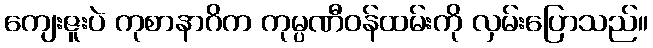
ကျေးဇူးပဲ ကုစာနာဂိက ကုမ္ပဏီဝန်ထမ်းကို လှမ်းပြောသည်။